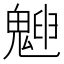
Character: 𩳱